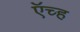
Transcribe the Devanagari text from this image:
ऍच्ह